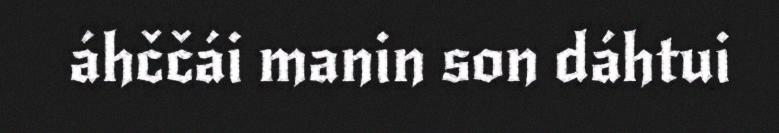
áhččái manin son dáhtui